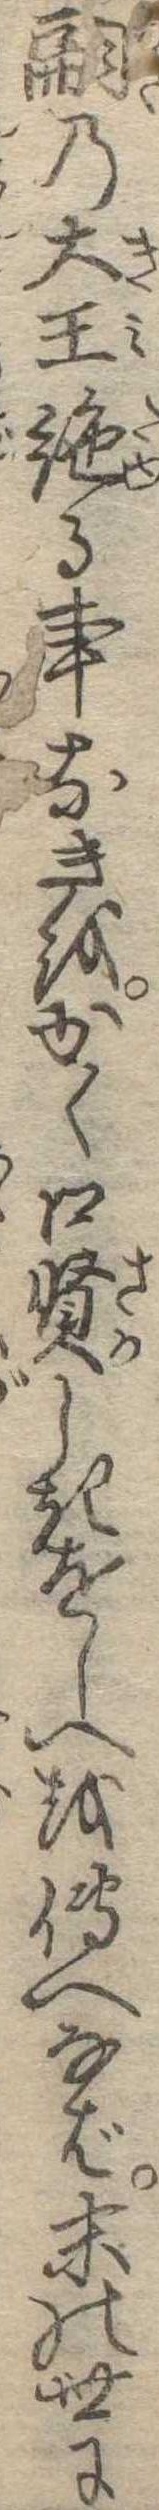
嗣の大王絶る事なきをかく口賢しきをしへを伝へなば末の世に